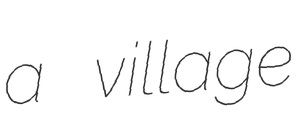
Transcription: a village